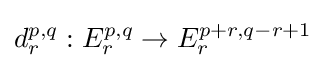
d_{r}^{p,q}:E_{r}^{p,q}\rightarrow E_{r}^{p+r,q-r+1}